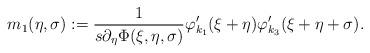
LaTeX: \begin{align*} m_1(\eta,\sigma) := \frac{1}{s \partial_\eta \Phi(\xi,\eta,\sigma)} \varphi'_{k_1}(\xi+\eta)\varphi'_{k_3}(\xi+\eta+\sigma).\end{align*}